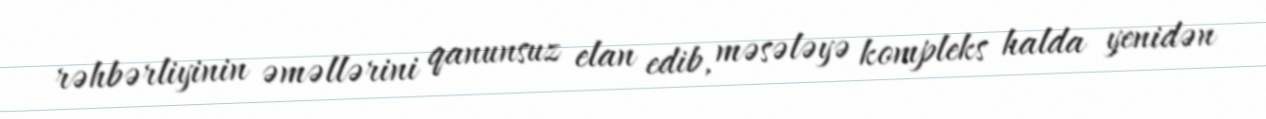
rəhbərliyinin əməllərini qanunsuz elan edib, məsələyə kompleks halda yenidən